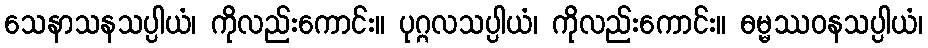
သေနာသနသပ္ပါယံ၊ ကိုလည်းကောင်း။ ပုဂ္ဂလသပ္ပါယံ၊ ကိုလည်းကောင်း။ ဓမ္မဿဝနသပ္ပါယံ၊